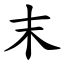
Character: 末